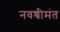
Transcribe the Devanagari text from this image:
नवश्रीमंत